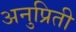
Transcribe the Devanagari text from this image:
अनुप्रिती